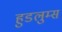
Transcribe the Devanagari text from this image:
हुडलुम्स